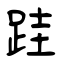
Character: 跬